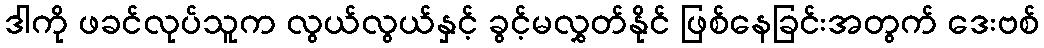
ဒါကို ဖခင်လုပ်သူက လွယ်လွယ်နှင့် ခွင့်မလွှတ်နိုင် ဖြစ်နေခြင်းအတွက် ဒေးဗစ်